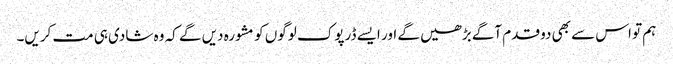
ہم تو اس سے بھی دو قدم آگے بڑھیں گے اور ایسے ڈرپوک لوگوں کو مشورہ دیں گے کہ وہ شادی ہی مت کریں۔